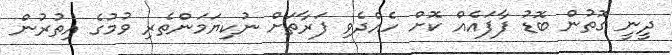
ދީނީ ގޮތުން ބޮޑު ފާފައެއް ކޮށް ހެއްދެވި ފަރާތަށް ނުކިޔަމަންތެރި ވުމުގެ އިތުރުން